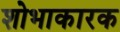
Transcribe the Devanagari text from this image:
शोभाकारक